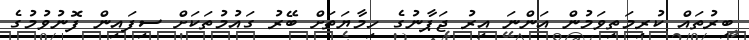
ބިރުތައް ކުރިމަތިވަމުން އަންނަ އިރު ޖަޕާނުގެ ހިމާޔަތަށް ބޭރު ގައުމުތަކަށް ސިފައިން ފޮނުވުމުގެ